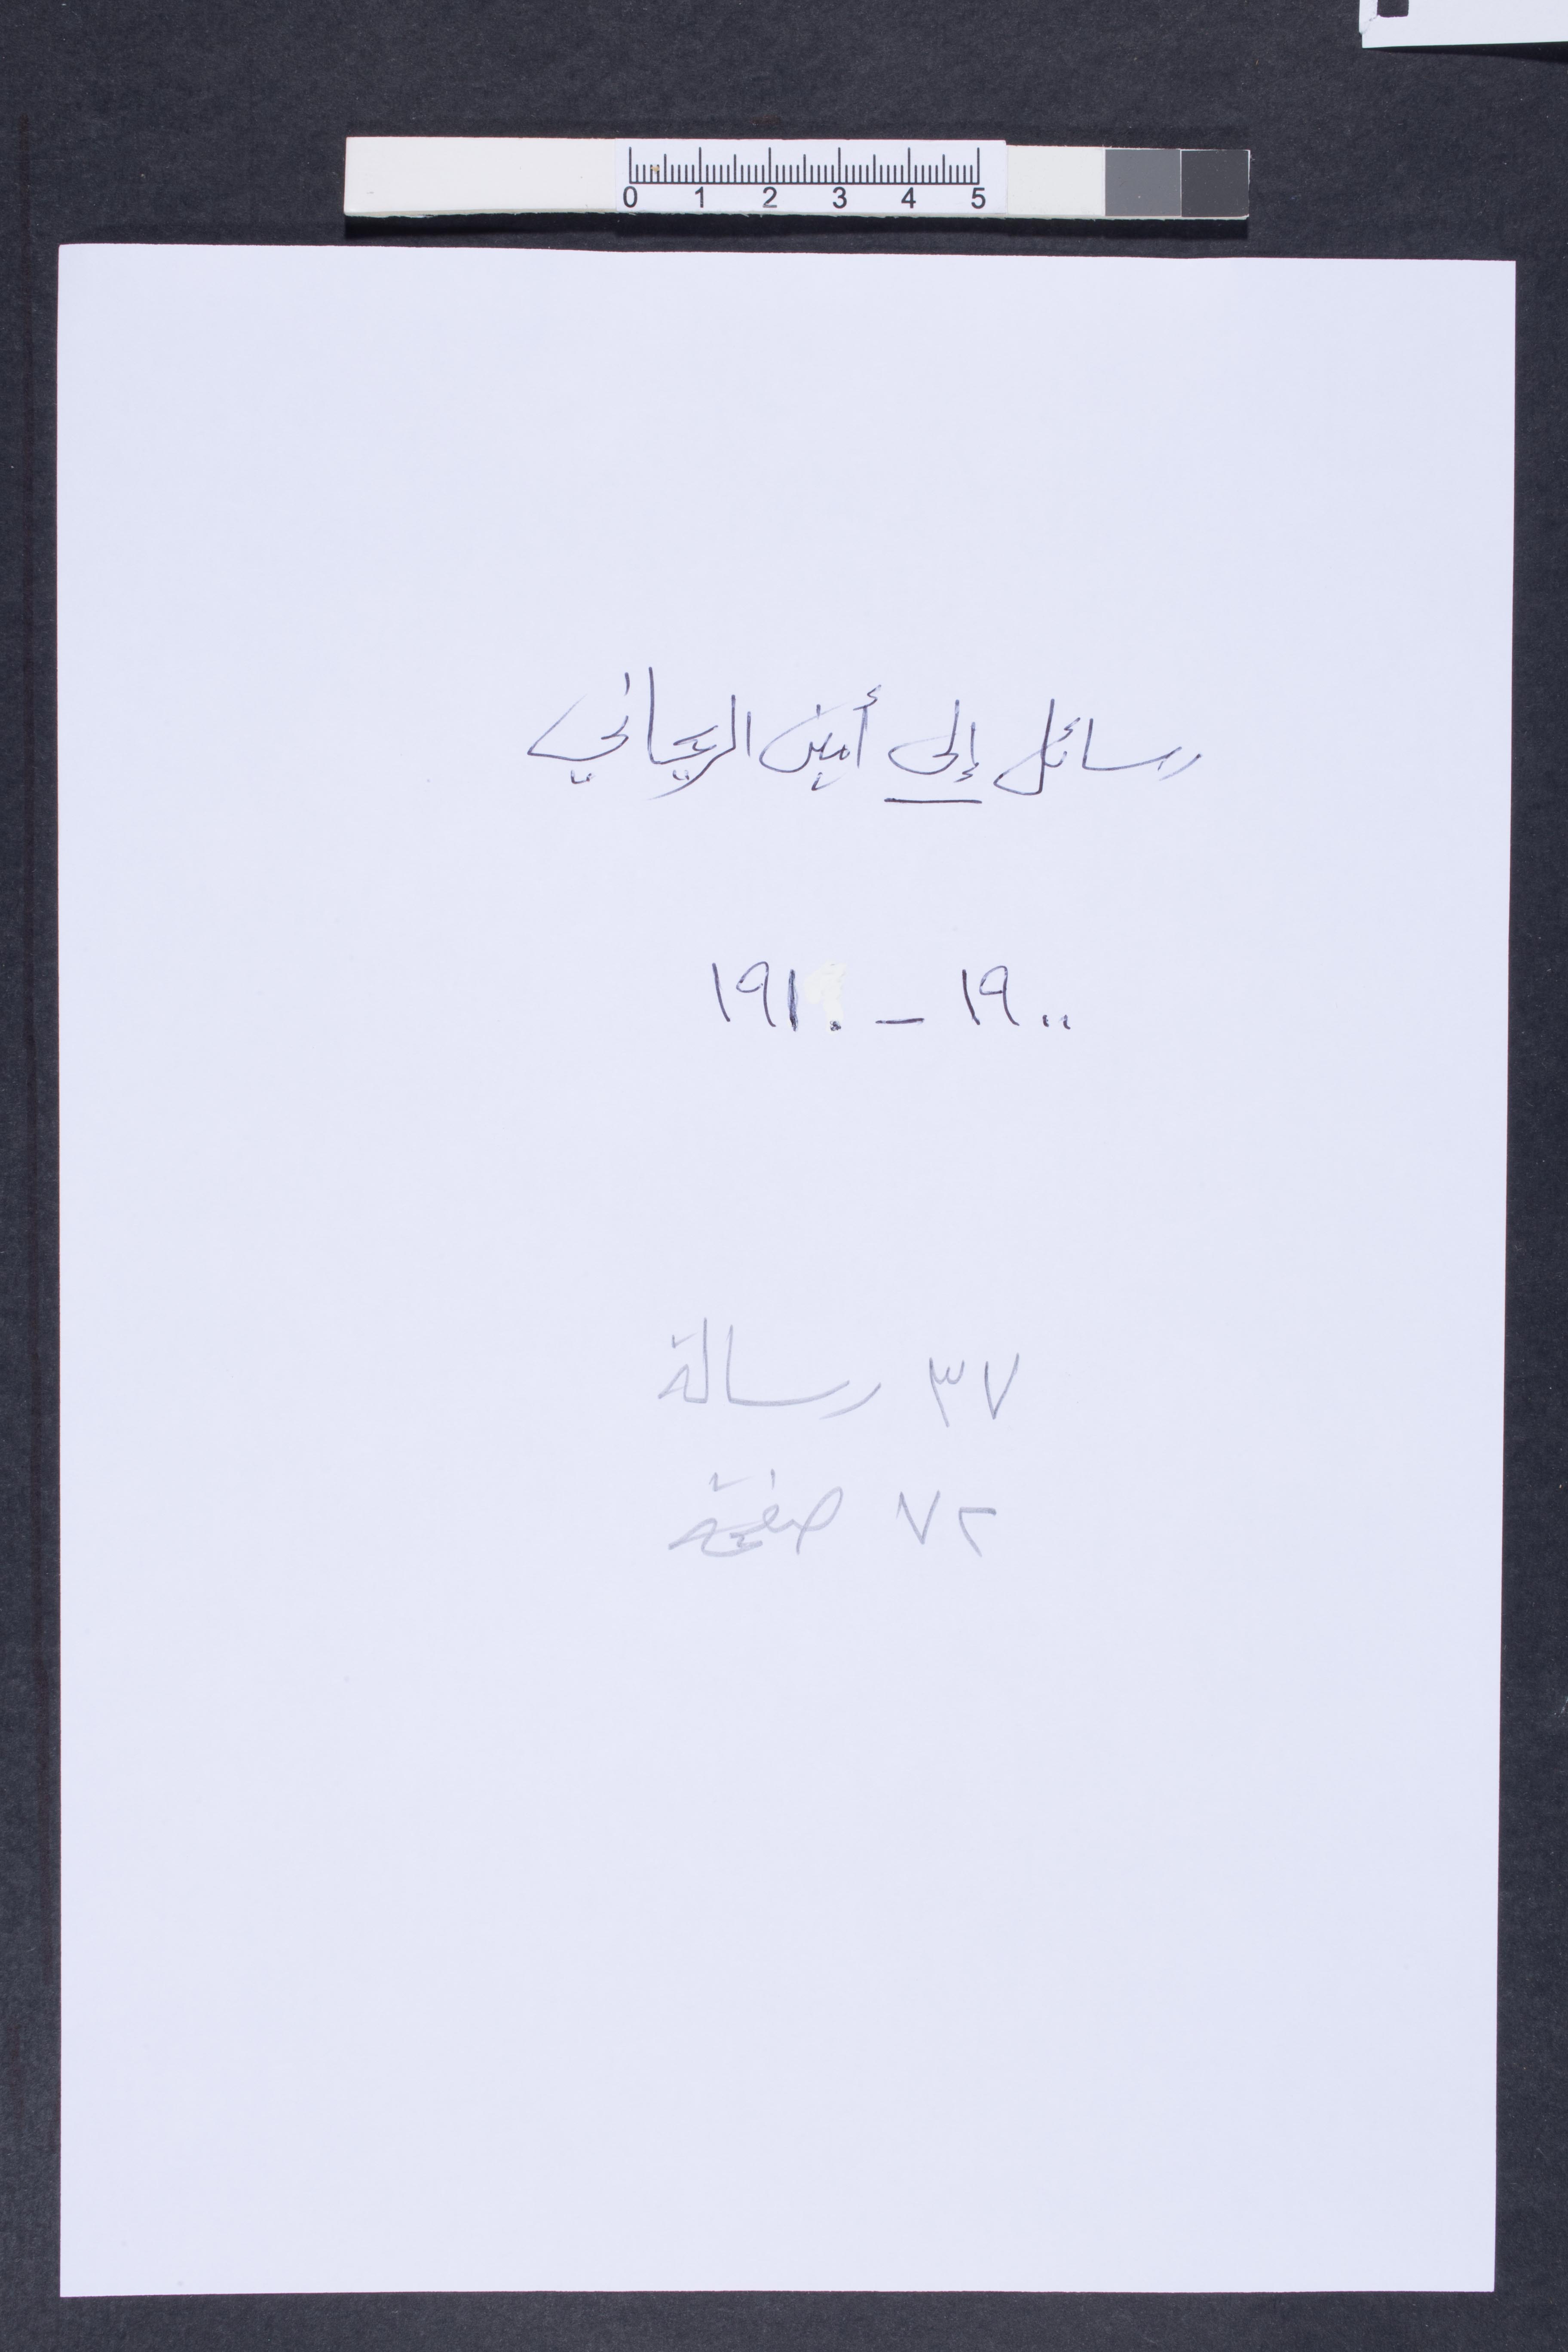
رسائل إلى أمين الريحاني
١٩٠٠ - ١٩١٠
٣٧ رسالة
٧٢ صفحة